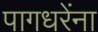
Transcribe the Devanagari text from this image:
पागधरेंना